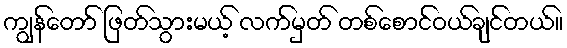
ကျွန်တော် ဖြတ်သွားမယ့် လက်မှတ် တစ်စောင်ဝယ်ချင်တယ်။